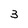
Character: 3